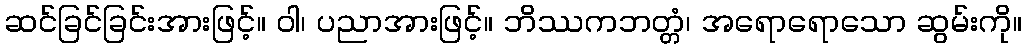
ဆင်ခြင်ခြင်းအားဖြင့်။ ဝါ၊ ပညာအားဖြင့်။ ဘိဿကဘတ္တံ၊ အရောရောသော ဆွမ်းကို။